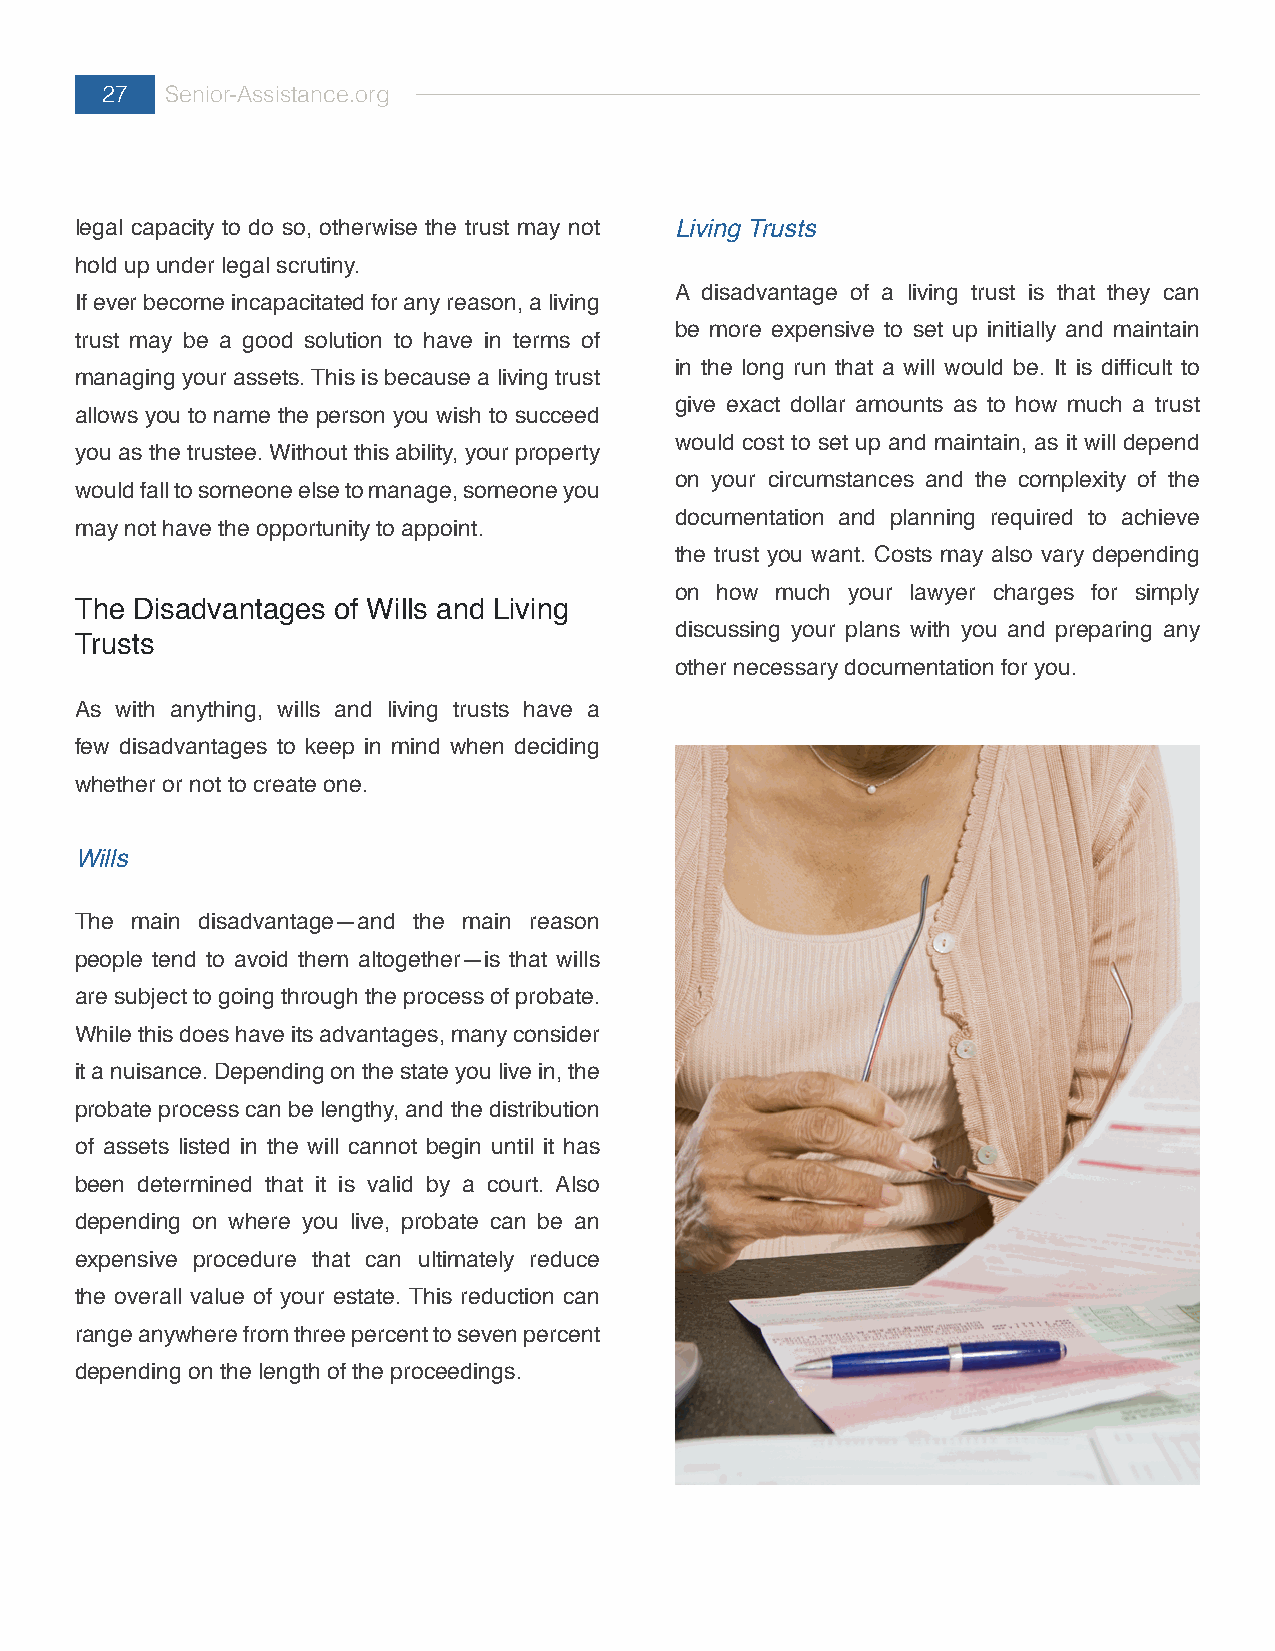
27  Senior-Assistance.org
 legal capacity to do so, otherwise the trust may not Living Trusts
 hold up under legal scrutiny.
 A disadvantage of a living trust is that they can
 If ever become incapacitated for any reason, a living
 be more expensive to set up initially and maintain
 trust may be a good solution to have in terms of
 in the long run that a will would be. It is difficult to
 managing your assets. This is because a living trust
 give exact dollar amounts as to how much a trust
 allows you to name the person you wish to succeed
 would cost to set up and maintain, as it will depend
 you as the trustee. Without this ability, your property
 on your circumstances and the complexity of the
 would fall to someone else to manage, someone you
 documentation and planning required to achieve
 may not have the opportunity to appoint.
 the trust you want. Costs may also vary depending
 on how much your lawyer charges for simply
 The Disadvantages of Wills and Living
 discussing your plans with you and preparing any
 Trusts
 other necessary documentation for you.
 As with anything, wills and living trusts have a
 few disadvantages to keep in mind when deciding
 whether or not to create one.
 Wills
 The main disadvantage—and the main reason
 people tend to avoid them altogether—is that wills
 are subject to going through the process of probate.
 While this does have its advantages, many consider
 it a nuisance. Depending on the state you live in, the
 probate process can be lengthy, and the distribution
 of assets listed in the will cannot begin until it has
 been determined that it is valid by a court. Also
 depending on where you live, probate can be an
 expensive procedure that can ultimately reduce
 the overall value of your estate. This reduction can
 range anywhere from three percent to seven percent
 depending on the length of the proceedings.